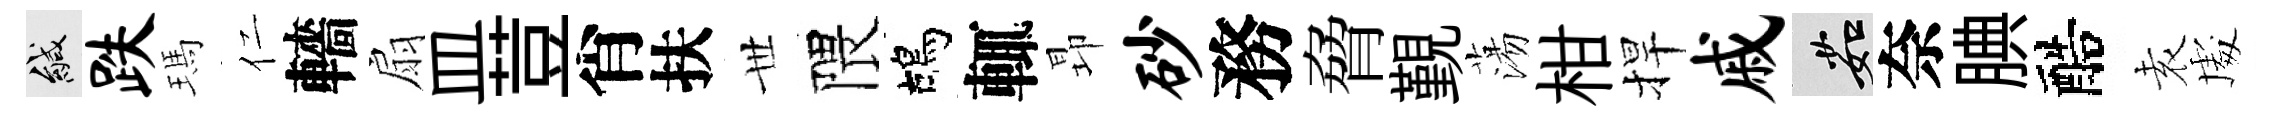
緘跌瑪仁轖扇皿荳肖扶𠀍隈鴣輒昻砂務脅覲蕩柑捍戚茹奈腆醅𡊮䖏